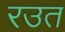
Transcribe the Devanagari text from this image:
रउत